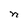
Character: n